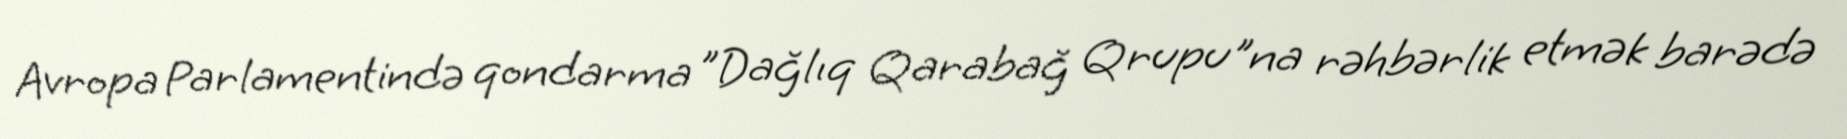
Avropa Parlamentində qondarma ”Dağlıq Qarabağ Qrupu"na rəhbərlik etmək barədə